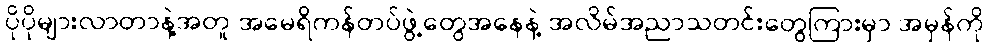
ပိုပိုများလာတာနဲ့အတူ အမေရိကန်တပ်ဖွဲ့တွေအနေနဲ့ အလိမ်အညာသတင်းတွေကြားမှာ အမှန်ကို